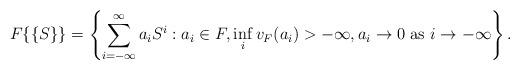
LaTeX: \begin{align*}F\{\{S\}\} = \left \{ \sum_{i=-\infty}^{\infty}a_iS^i : a_i\in F, \inf_i v_F(a_i)>-\infty, a_i\to 0\textrm{ as } i\to -\infty\right \}.\end{align*}